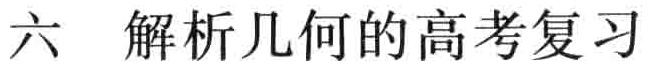
六 解析几何的高考复习